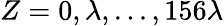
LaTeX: Z=0,\lambda,...,156\lambda